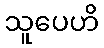
သူပေဟိ